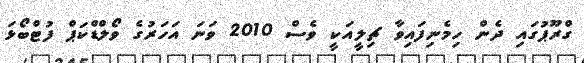
ގްރޫޕުގައި ދެން ހިމެނިފައިވާ ޗިލީއަކީ ވެސް 2010 ވަނަ އަހަރުގެ ވޯލްޑްކަޕް ފުޓްބޯޅަ